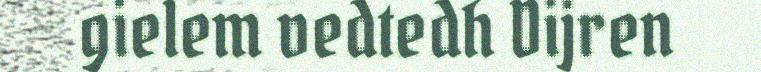
gielem vedtedh Dijren